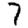
Digit: 7